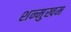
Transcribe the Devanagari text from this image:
शन्मुखम